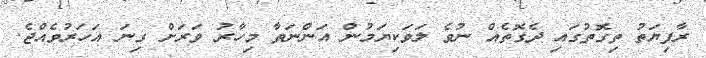
ރާފިޔަތު ތިގޮތުގައި ދެގޮތެއް ނުވެ ލަވަކިޔަމުން އަންނަތާ މިހާރު ވަރަށް ގިނަ އަހަރުވެއްޖެ.